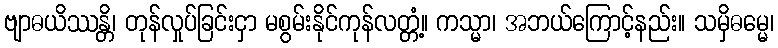
ဗျာဓယိဿန္တိ၊ တုန်လှုပ်ခြင်းငှာ မစွမ်းနိုင်ကုန်လတ္တံ့။ ကသ္မာ၊ အဘယ်ကြောင့်နည်း။ သမှိဓမ္မေ၊